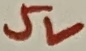
Text: 5V